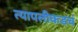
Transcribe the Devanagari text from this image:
त्यापलीकडचं